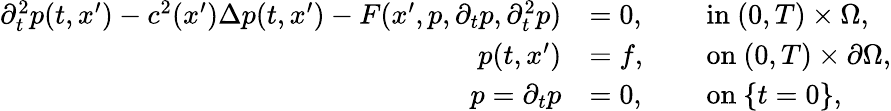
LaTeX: \begin{array}{rlrl}{\partial_{t}^{2}p(t,x^{\prime})-c^{2}(x^{\prime})\Delta p(t,x^{\prime})-F(x^{\prime},p,\partial_{t}p,\partial_{t}^{2}p)}&{=0,}&{\ }&{\mathrm{in~}(0,T)\times\Omega,}\\ {p(t,x^{\prime})}&{=f,}&{\ }&{\mathrm{on~}(0,T)\times\partial\Omega,}\\ {p={\partial_{t}p}}&{=0,}&{\ }&{\mathrm{on~}\{ t=0\} ,}\end{array}